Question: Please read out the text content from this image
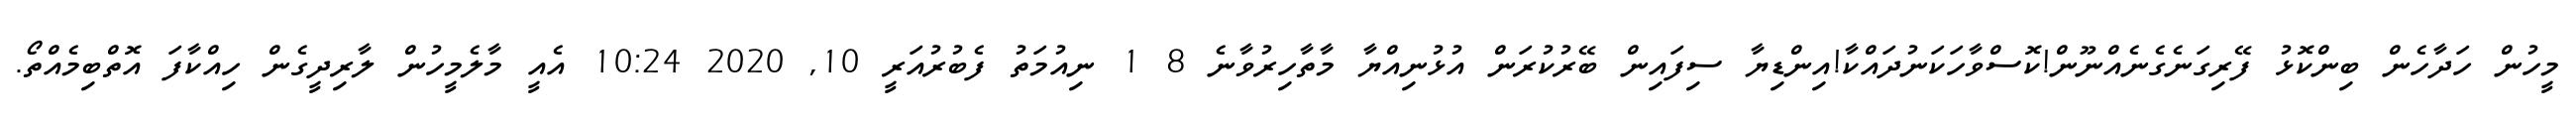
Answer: މީހުން ހަދާހެން ބިންކޮޅު ފޭރިގަނެގެނެއްނޫން!ކޮސްވާހަކަނުދައްކާ!އިންޑިޔާ ސިފައިން ބޭރުކުރަން އުޅުނިއްޔާ މާތާހިރުވާނެ 8 1 ނިއުމަތު ފެބުރުއަރީ 10, 2020 10:24 އެއީ މާލެމީހުން ލާރިދީގެން ހިއްކާފަ އޮތްބިމެއްތޯ.